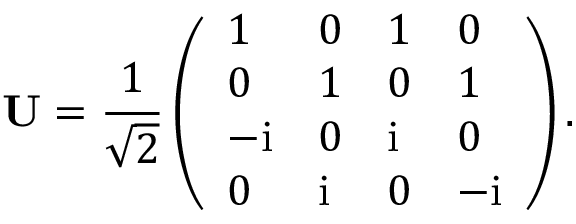
\mathbf U = \frac { 1 } { \sqrt { 2 } } \left( \begin{array} { l l l l } { 1 } & { 0 } & { 1 } & { 0 } \\ { 0 } & { 1 } & { 0 } & { 1 } \\ { - \mathrm { i } } & { 0 } & { \mathrm { i } } & { 0 } \\ { 0 } & { \mathrm { i } } & { 0 } & { - \mathrm { i } } \end{array} \right) .